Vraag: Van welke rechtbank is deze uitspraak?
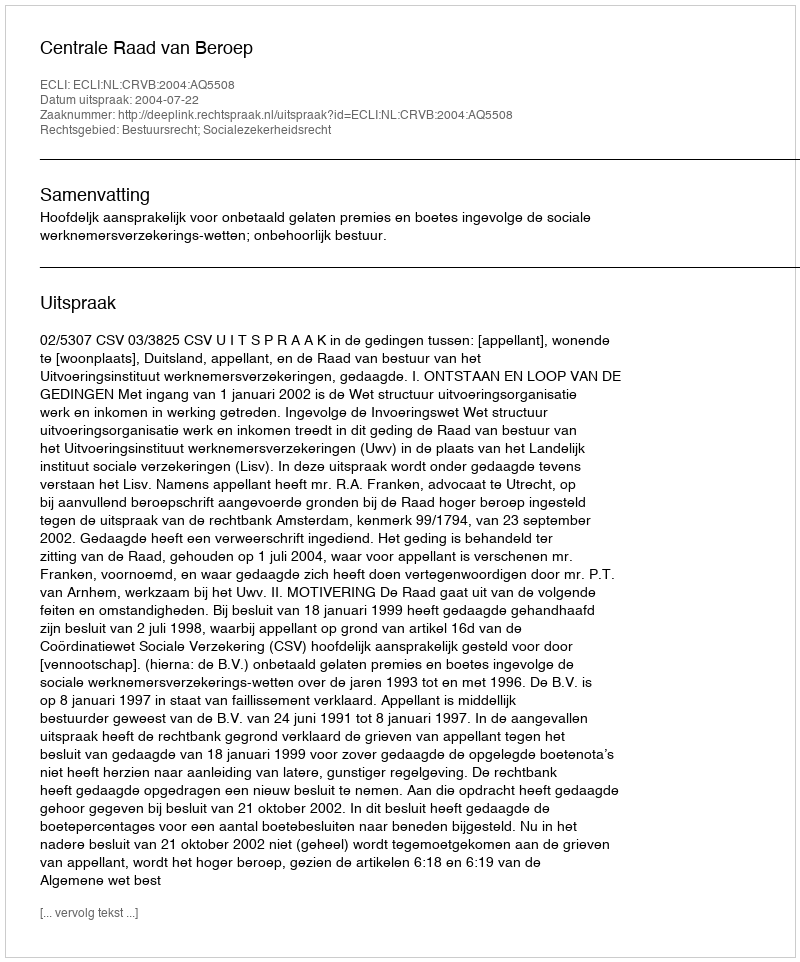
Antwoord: Centrale Raad van Beroep